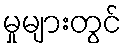
မှုများတွင်